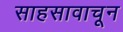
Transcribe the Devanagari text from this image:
साहसावाचून